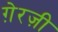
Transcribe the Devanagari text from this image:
ग़ेरज़ी